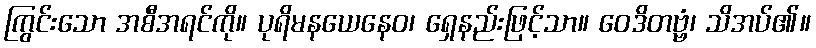
ကြွင်းသော အစီအရင်ကို။ ပုရိမနယေနေဝ၊ ရှေနည်းဖြင့်သာ။ ဝေဒိတဗ္ဗံ၊ သိအပ်၏။